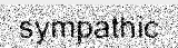
sympathic